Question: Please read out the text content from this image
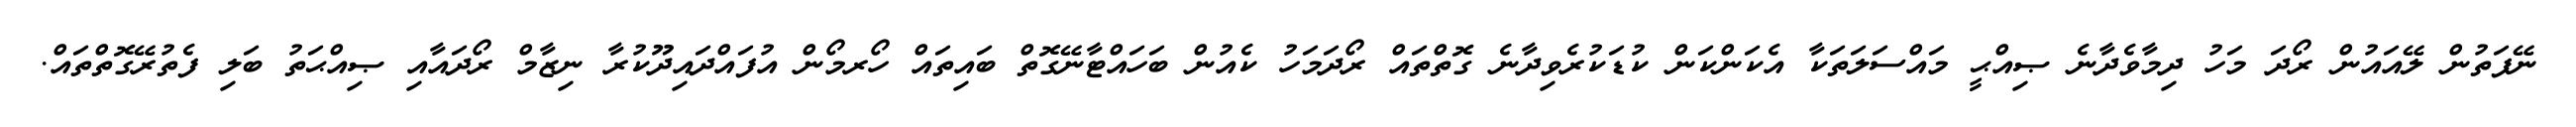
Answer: ނޭފަތުން ލޭއައުން ރޯދަ މަހު ދިމާވެދާނެ ޞިއްޙީ މައްސަލަތަކާ އެކަންކަން ކުޑަކުރެވިދާނެ ގޮތްތައް ރޯދަމަހު ކެއުން ބަހައްޓާނޭގޮތް ބައިތައް ހޯރމޯން އުފައްދައިދޫކުރާ ނިޒާމް ރޯދައާއި ޞިއްޙަތު ބަލި ފެތުރޭގޮތްތައް.